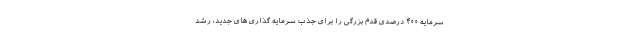
سرمایه ۴۰۰ درصدی قدم بزرگی را برای جذب سرمایه گذاری های جدید، رشد